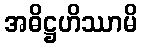
အဓိဋ္ဌဟိဿာမိ